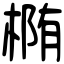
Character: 椭